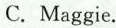
C. Maggie.